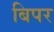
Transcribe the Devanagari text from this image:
बिपर